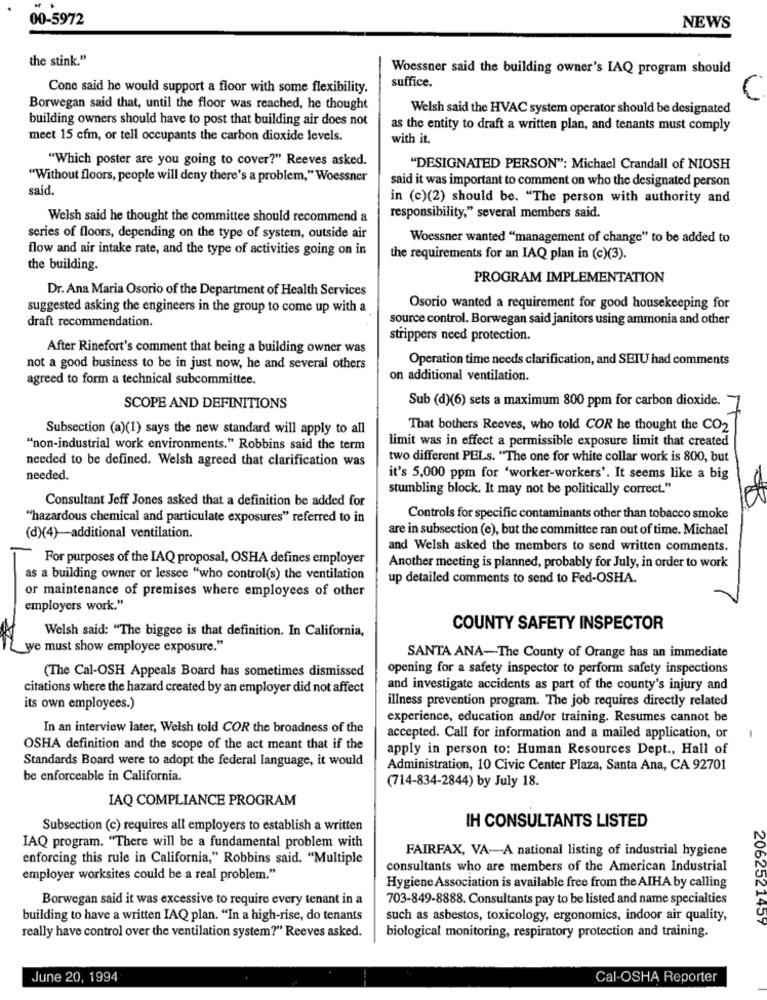
00-5972
NEWS
the stink."
Woessner said the building owner's IAQ program should
suffice.
Cone said he would support a floor with some flexibility.
C
Borwegan said that, until the floor was reached, he thought
Welsh said the HVAC system operator should be designated
building owners should have to post that building air does not
as the entity to draft a written plan, and tenants must comply
meet 15 cfm, or tell occupants the carbon dioxide levels.
with it.
"Which poster are you going to cover?" Reeves asked.
"DESIGNATED PERSON": Michael Crandall of NIOSH
"Without floors, people will deny there's a problem," Woessner
said it was important to comment on who the designated person
said.
in (c)(2) should be. "The person with authority and
Welsh said he thought the committee should recommend a
responsibility," several members said.
series of floors, depending on the type of system, outside air
Woessner wanted "management of change" to be added to
flow and air intake rate, and the type of activities going on in
the requirements for an IAQ plan in (c)(3).
the building.
PROGRAM IMPLEMENTATION
Dr. Ana Maria Osorio of the Department of Health Services
suggested asking the engineers in the group to come up with a
Osorio wanted a requirement for good housekeeping for
draft recommendation.
source control. Borwegan said janitors using ammonia and other
strippers need protection.
After Rinefort's comment that being a building owner was
Operation time needs clarification, and SEIU had comments
not a good business to be in just now, he and several others
agreed to form a technical subcommittee.
on additional ventilation.
SCOPE AND DEFINITIONS
Sub (d)(6) sets a maximum 800 ppm for carbon dioxide. 7
Subsection (a)(1) says the new standard will apply to all
That bothers Reeves, who told COR he thought the CO2
limit was in effect a permissible exposure limit that created
"non-industrial work environments." Robbins said the term
needed to be defined. Welsh agreed that clarification was
two different PELs. "The one for white collar work is 800, but
needed.
it's 5,000 ppm for "worker-workers'. It seems like a big
stumbling block. It may not be politically correct."
Consultant Jeff Jones asked that a definition be added for
"hazardous chemical and particulate exposures" referred to in
Controls for specific contaminants other than tobacco smoke
are in subsection (e), but the committee ran out of time. Michael
(d)(4)-additional ventilation.
and Welsh asked the members to send written comments.
For purposes of the IAQ proposal, OSHA defines employer
Another meeting is planned, probably for July, in order to work
as a building owner or lessee "who control(s) the ventilation
up detailed comments to send to Fed-OSHA.
or maintenance of premises where employees of other
employers work."
Welsh said: "The biggee is that definition. In California,
COUNTY SAFETY INSPECTOR
we must show employee exposure."
SANTA ANA-The County of Orange has an immediate
opening for a safety inspector to perform safety inspections
(The Cal-OSH Appeals Board has sometimes dismissed
citations where the hazard created by an employer did not affect
and investigate accidents as part of the county's injury and
illness prevention program. The job requires directly related
its own employees.)
experience, education and/or training. Resumes cannot be
In an interview later, Welsh told COR the broadness of the
accepted. Call for information and a mailed application, or
OSHA definition and the scope of the act meant that if the
apply in person to: Human Resources Dept ., Hall of
Standards Board were to adopt the federal language, it would
Administration, 10 Civic Center Plaza, Santa Ana, CA 92701
be enforceable in California.
(714-834-2844) by July 18.
IAQ COMPLIANCE PROGRAM
Subsection (c) requires all employers to establish a written
IH CONSULTANTS LISTED
IAQ program. "There will be a fundamental problem with
FAIRFAX, VA-A national listing of industrial hygiene
enforcing this rule in California," Robbins said. "Multiple
consultants who are members of the American Industrial
employer worksites could be a real problem."
Hygiene Association is available free from the AIHA by calling
Borwegan said it was excessive to require every tenant in a
703-849-8888. Consultants pay to be listed and name specialties
building to have a written IAQ plan. "In a high-rise, do tenants
such as asbestos, toxicology, ergonomics, indoor air quality,
2062521407
really have control over the ventilation system?" Reeves asked.
biological monitoring, respiratory protection and training.
June 20, 1994
Cal-OSHA Reporter